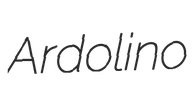
Ardolino